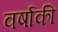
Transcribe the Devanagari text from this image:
वर्षाकी